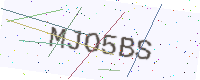
Text: MJO5BS